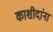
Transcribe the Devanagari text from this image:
काशीदांना